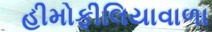
હીમોફીલિયાવાળા